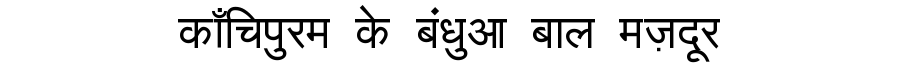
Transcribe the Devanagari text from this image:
काँचिपुरम के बंधुआ बाल मज़दूर